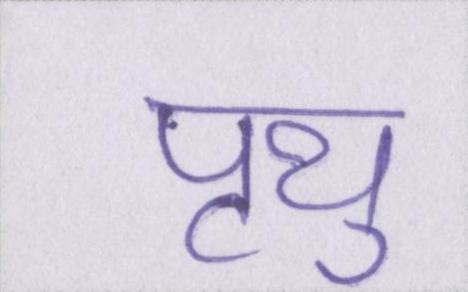
पृथु